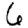
Digit: 6